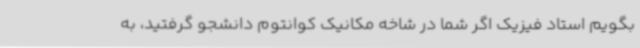
بگویم استاد فیزیک اگر شما در شاخه مکانیک کوانتوم دانشجو گرفتید، به